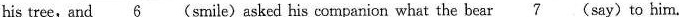
his tree,and 6_ (smile)asked his companion what the bear 7 _ (say)to him.